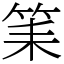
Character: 筙